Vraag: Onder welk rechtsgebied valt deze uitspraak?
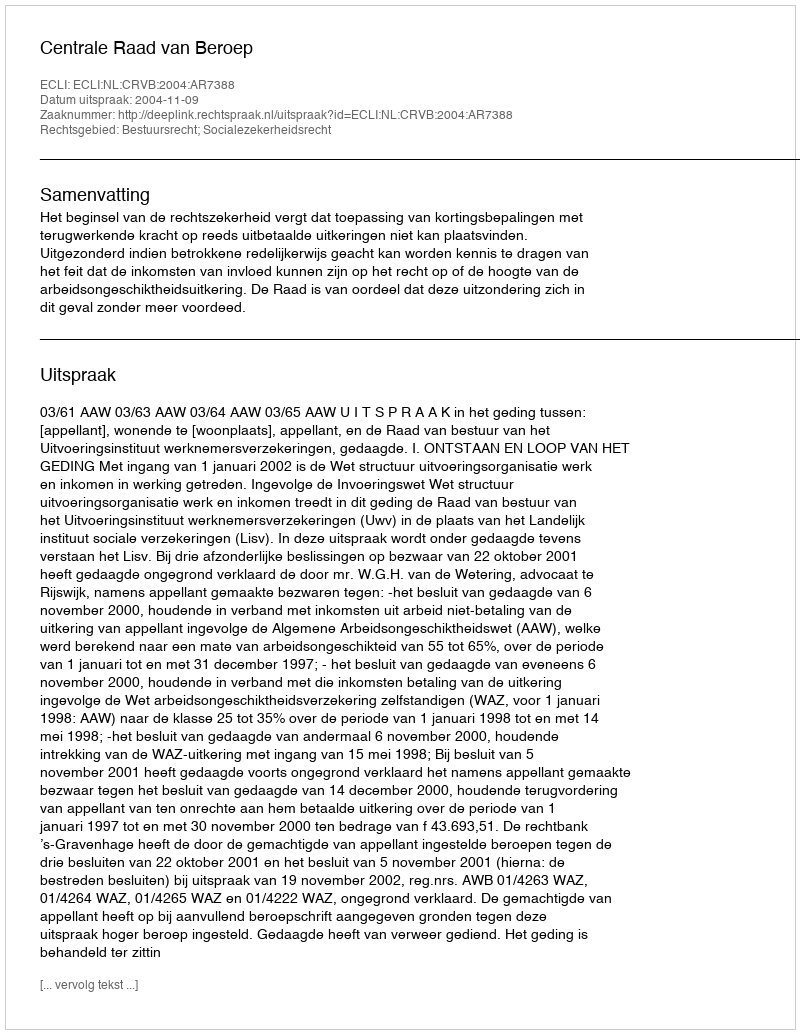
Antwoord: Bestuursrecht; Socialezekerheidsrecht